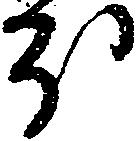
ほ